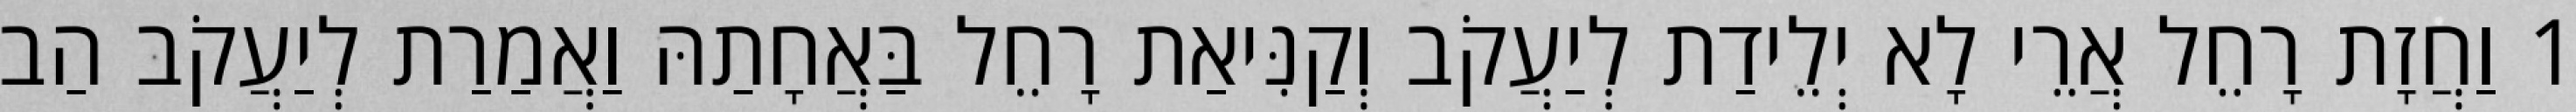
1 וַחֲזָת רָחֵל אֲרֵי לָא יְלֵידַת לְיַעֲקֹב וְקַנִּיאַת רָחֵל בַּאֲחָתַהּ וַאֲמַרַת לְיַעֲקֹב הַב